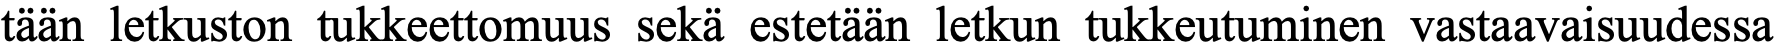
tään letkuston tukkeettomuus sekä estetään letkun tukkeutuminen vastaavaisuudessa